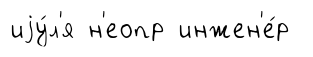
иjу́л'я н'еопр инжен'е́р